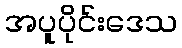
အပူပိုင်းဒေသ